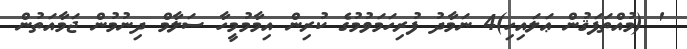
' (މުއްތަފަޤުން ޢަލައިހި)4 ނަމާދު ފުރިހަމަވުމުގެ ކުރިން އިމާމުމީހާ ސަލާމް ދިނުމުން ޖަމާއަތުން